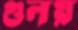
গুলয়